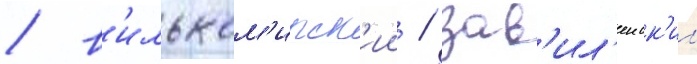
/ в'ильком'ирск'ии / зав'ил'еиск'ии